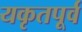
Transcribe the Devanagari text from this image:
यकृतपूर्व